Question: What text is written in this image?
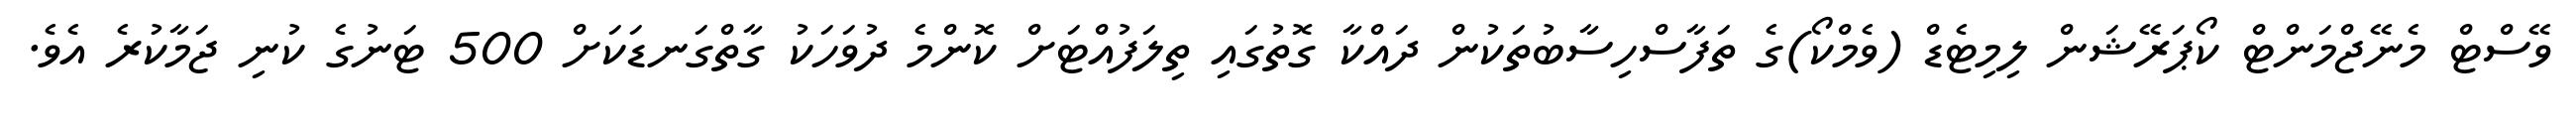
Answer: ވޭސްޓް މެނޭޖްމަންޓް ކޯޕަރޭޝަން ލިމިޓެޑް (ވެމްކޯ)ގެ ތަފާސްހިސާބުތަކުން ދައްކާ ގޮތުގައި ތިލަފުއްޓަށް ކޮންމެ ދުވަހަކު ގާތްގަނޑަކަށް 500 ޓަނުގެ ކުނި ޖަމާކުރެ އެވެ.